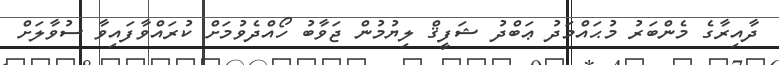
ދާއިރާގެ މެންބަރު މުޙައްމަދު ޢަބްދު ޝަފީޤް ލިޔުމުން ޖަވާބު ހޯއްދެވުމަށް ކުރައްވާފައިވާ ސުވާލަށް